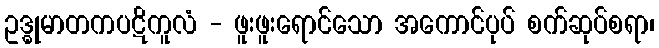
ဥဒ္ဓုမာတကပဋိကူလံ - ဖူးဖူးရောင်သော အကောင်ပုပ် စက်ဆုပ်စရာ၊